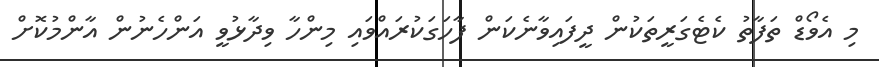
މި އެވޯޑް ތަފާތު ކެޓެގަރީތަކުން ދީފައިވާނެކަން ފާހަގަކުރައްވައި މިންހާ ވިދާޅުވީ އަންހެނުން އާންމުކޮށް